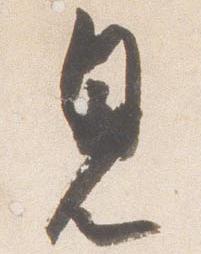
見